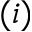
( i )